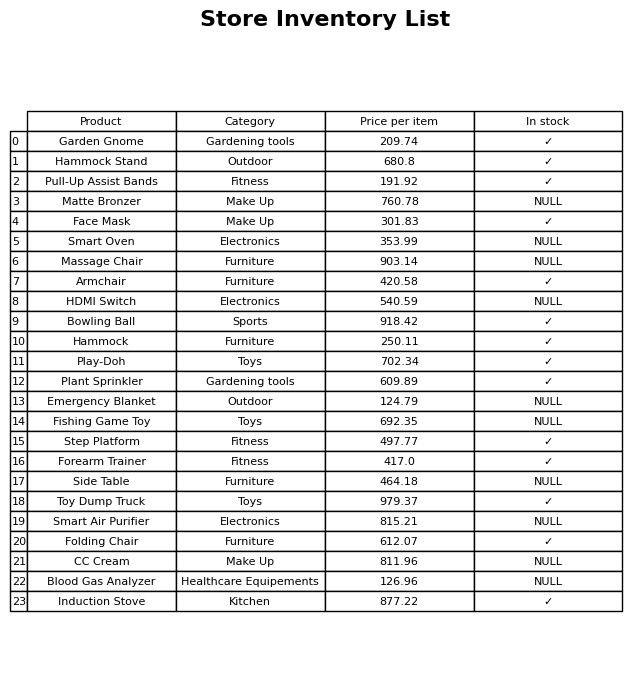
question: Is the Massage Chair in stock?
answer: NULL